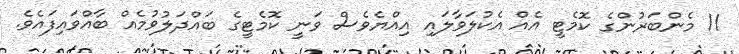
11 މެންބަރުންގެ ކޮމެޓީ އެއް އެކުލަވާލައި އިއްޔެވެސް ވަނީ ކޮމެޓީގެ ބައްދަލުވުމެއް ބާއްވައިފައެވެ.